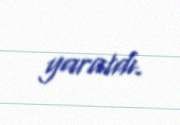
yaratdı.